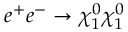
e ^ { + } e ^ { - } \to \chi _ { 1 } ^ { 0 } \chi _ { 1 } ^ { 0 }